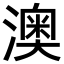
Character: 澳